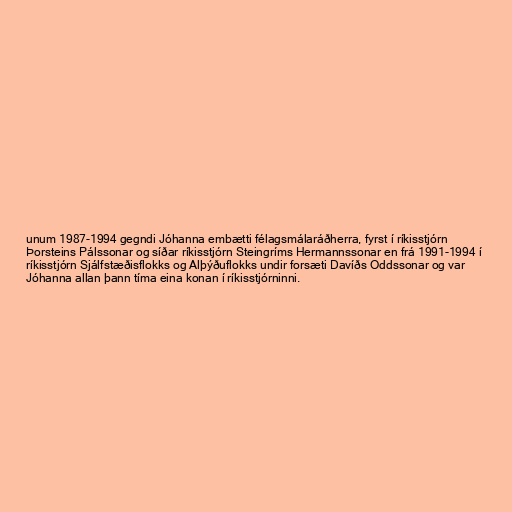
unum 1987-1994 gegndi Jóhanna embætti félagsmálaráðherra, fyrst í ríkisstjórn
Þorsteins Pálssonar og síðar ríkisstjórn Steingríms Hermannssonar en frá 1991-1994 í
ríkisstjórn Sjálfstæðisflokks og Alþýðuflokks undir forsæti Davíðs Oddssonar og var
Jóhanna allan þann tíma eina konan í ríkisstjórninni.